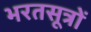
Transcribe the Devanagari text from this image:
भरतसूत्रों